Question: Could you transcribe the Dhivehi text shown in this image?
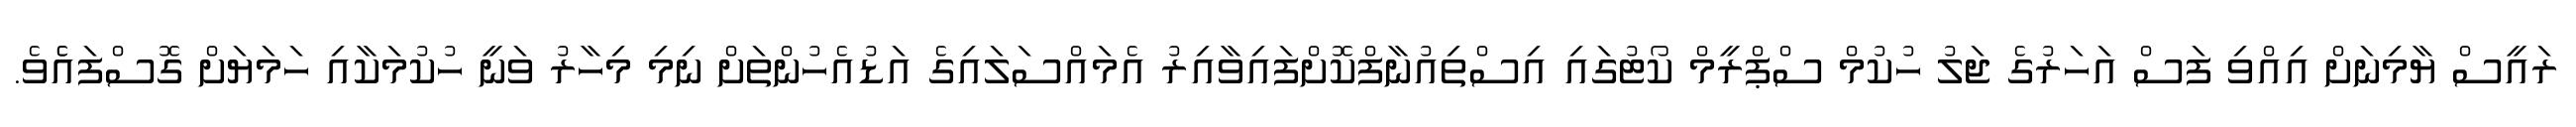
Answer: ރައީސް ޔާމިނަށް އިއްވި ފަސް އަހަރުގެ ޖަލު ހުކުމް ސްޕްރީމް ކޯޓުގައި އިސްތިއުނާފްކޮށްފައިވާއިރު އެމައްސަލައިގެ އަޑުއެހުންތަށް ނިމި މިހާރު ވަނީ ހުކުމަކާއި ހަމަޔަށް ގޮސްފައެެވެ.